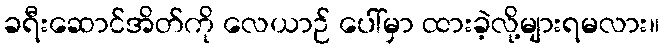
ခရီးဆောင်အိတ်ကို လေယာဉ် ပေါ်မှာ ထားခဲ့လို့များရမလား။